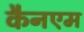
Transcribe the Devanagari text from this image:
कैनएम